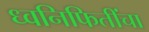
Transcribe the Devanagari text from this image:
ध्वनिफितींचा